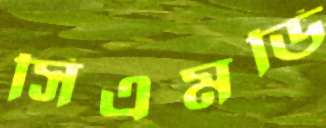
সিএমডি